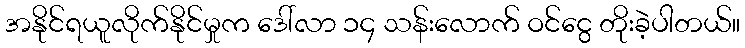
အနိုင်ရယူလိုက်နိုင်မှုက ဒေါ်လာ ၁၄ သန်းလောက် ဝင်ငွေ တိုးခဲ့ပါတယ်။